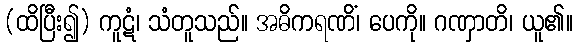
(ထိပြီး၍) ကူဋံ၊ သံတူသည်။ အဓိကရဏိံ၊ ပေကို။ ဂဏှာတိ၊ ယူ၏။